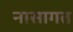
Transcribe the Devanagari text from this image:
नासागत